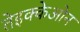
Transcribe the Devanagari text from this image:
तेइक्केओन